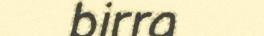
birra